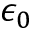
\epsilon _ { 0 }